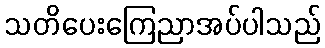
သတိပေးကြေညာအပ်ပါသည်